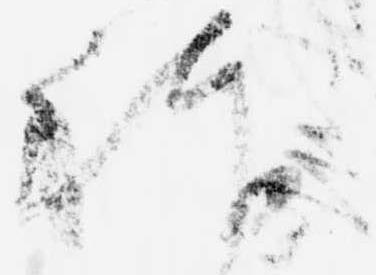
躰